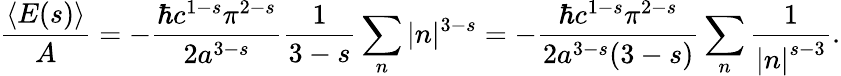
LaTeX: {\frac{\langle E(s)\rangle}{A}}=-{\frac{\hbar c^{1-s}\pi^{2-s}}{2a^{3-s}}}{\frac{1}{3-s}}\sum_{n}\vert n\vert^{3-s}=-{\frac{\hbar c^{1-s}\pi^{2-s}}{2a^{3-s}(3-s)}}\sum_{n}{\frac{1}{\left|n\right|^{s-3}}}.